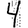
Digit: 4